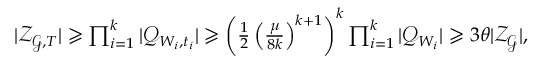
\begin{array} { r } { | \mathcal { Z } _ { \mathcal { G } , T } | \geqslant \prod _ { i = 1 } ^ { k } | \mathcal { Q } _ { W _ { i } , t _ { i } } | \geqslant \left( \frac { 1 } { 2 } \left( \frac { \mu } { 8 k } \right) ^ { k + 1 } \right) ^ { k } \prod _ { i = 1 } ^ { k } | \mathcal { Q } _ { W _ { i } } | \geqslant 3 { \theta } | \mathcal { Z } _ { \mathcal { G } } | , } \end{array}